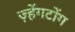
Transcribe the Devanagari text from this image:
ज़्हेंगटोंग